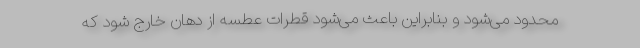
محدود می‌شود و بنابراین باعث می‌شود قطرات عطسه از دهان خارج شود که